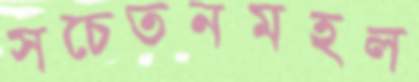
সচেতনমহল